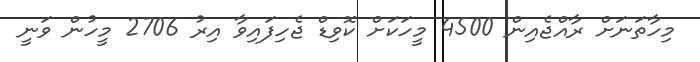
މިހާތަނަށް ރާއްޖެއިން 4500 މީހަކަށް ކޮވިޑް ޖެހިފައިވާ އިރު 2706 މީހުން ވަނީ